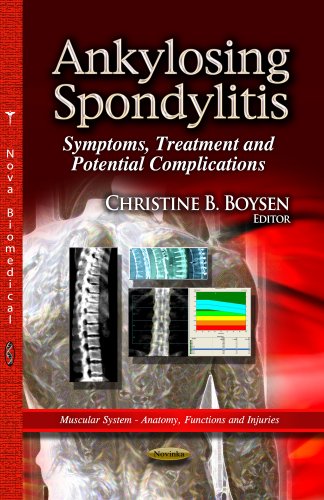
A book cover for Ankylosing Spondylitis: Symptoms, Treatment and Potential Complications (Muscular System - Anatomy, Functions and Injuries); Health, Fitness & Dieting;